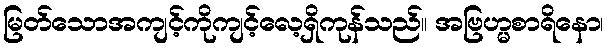
မြတ်သောအကျင့်ကိုကျင့်လေ့ရှိကုန်သည်။ အဗြဟ္မစာရိနော၊